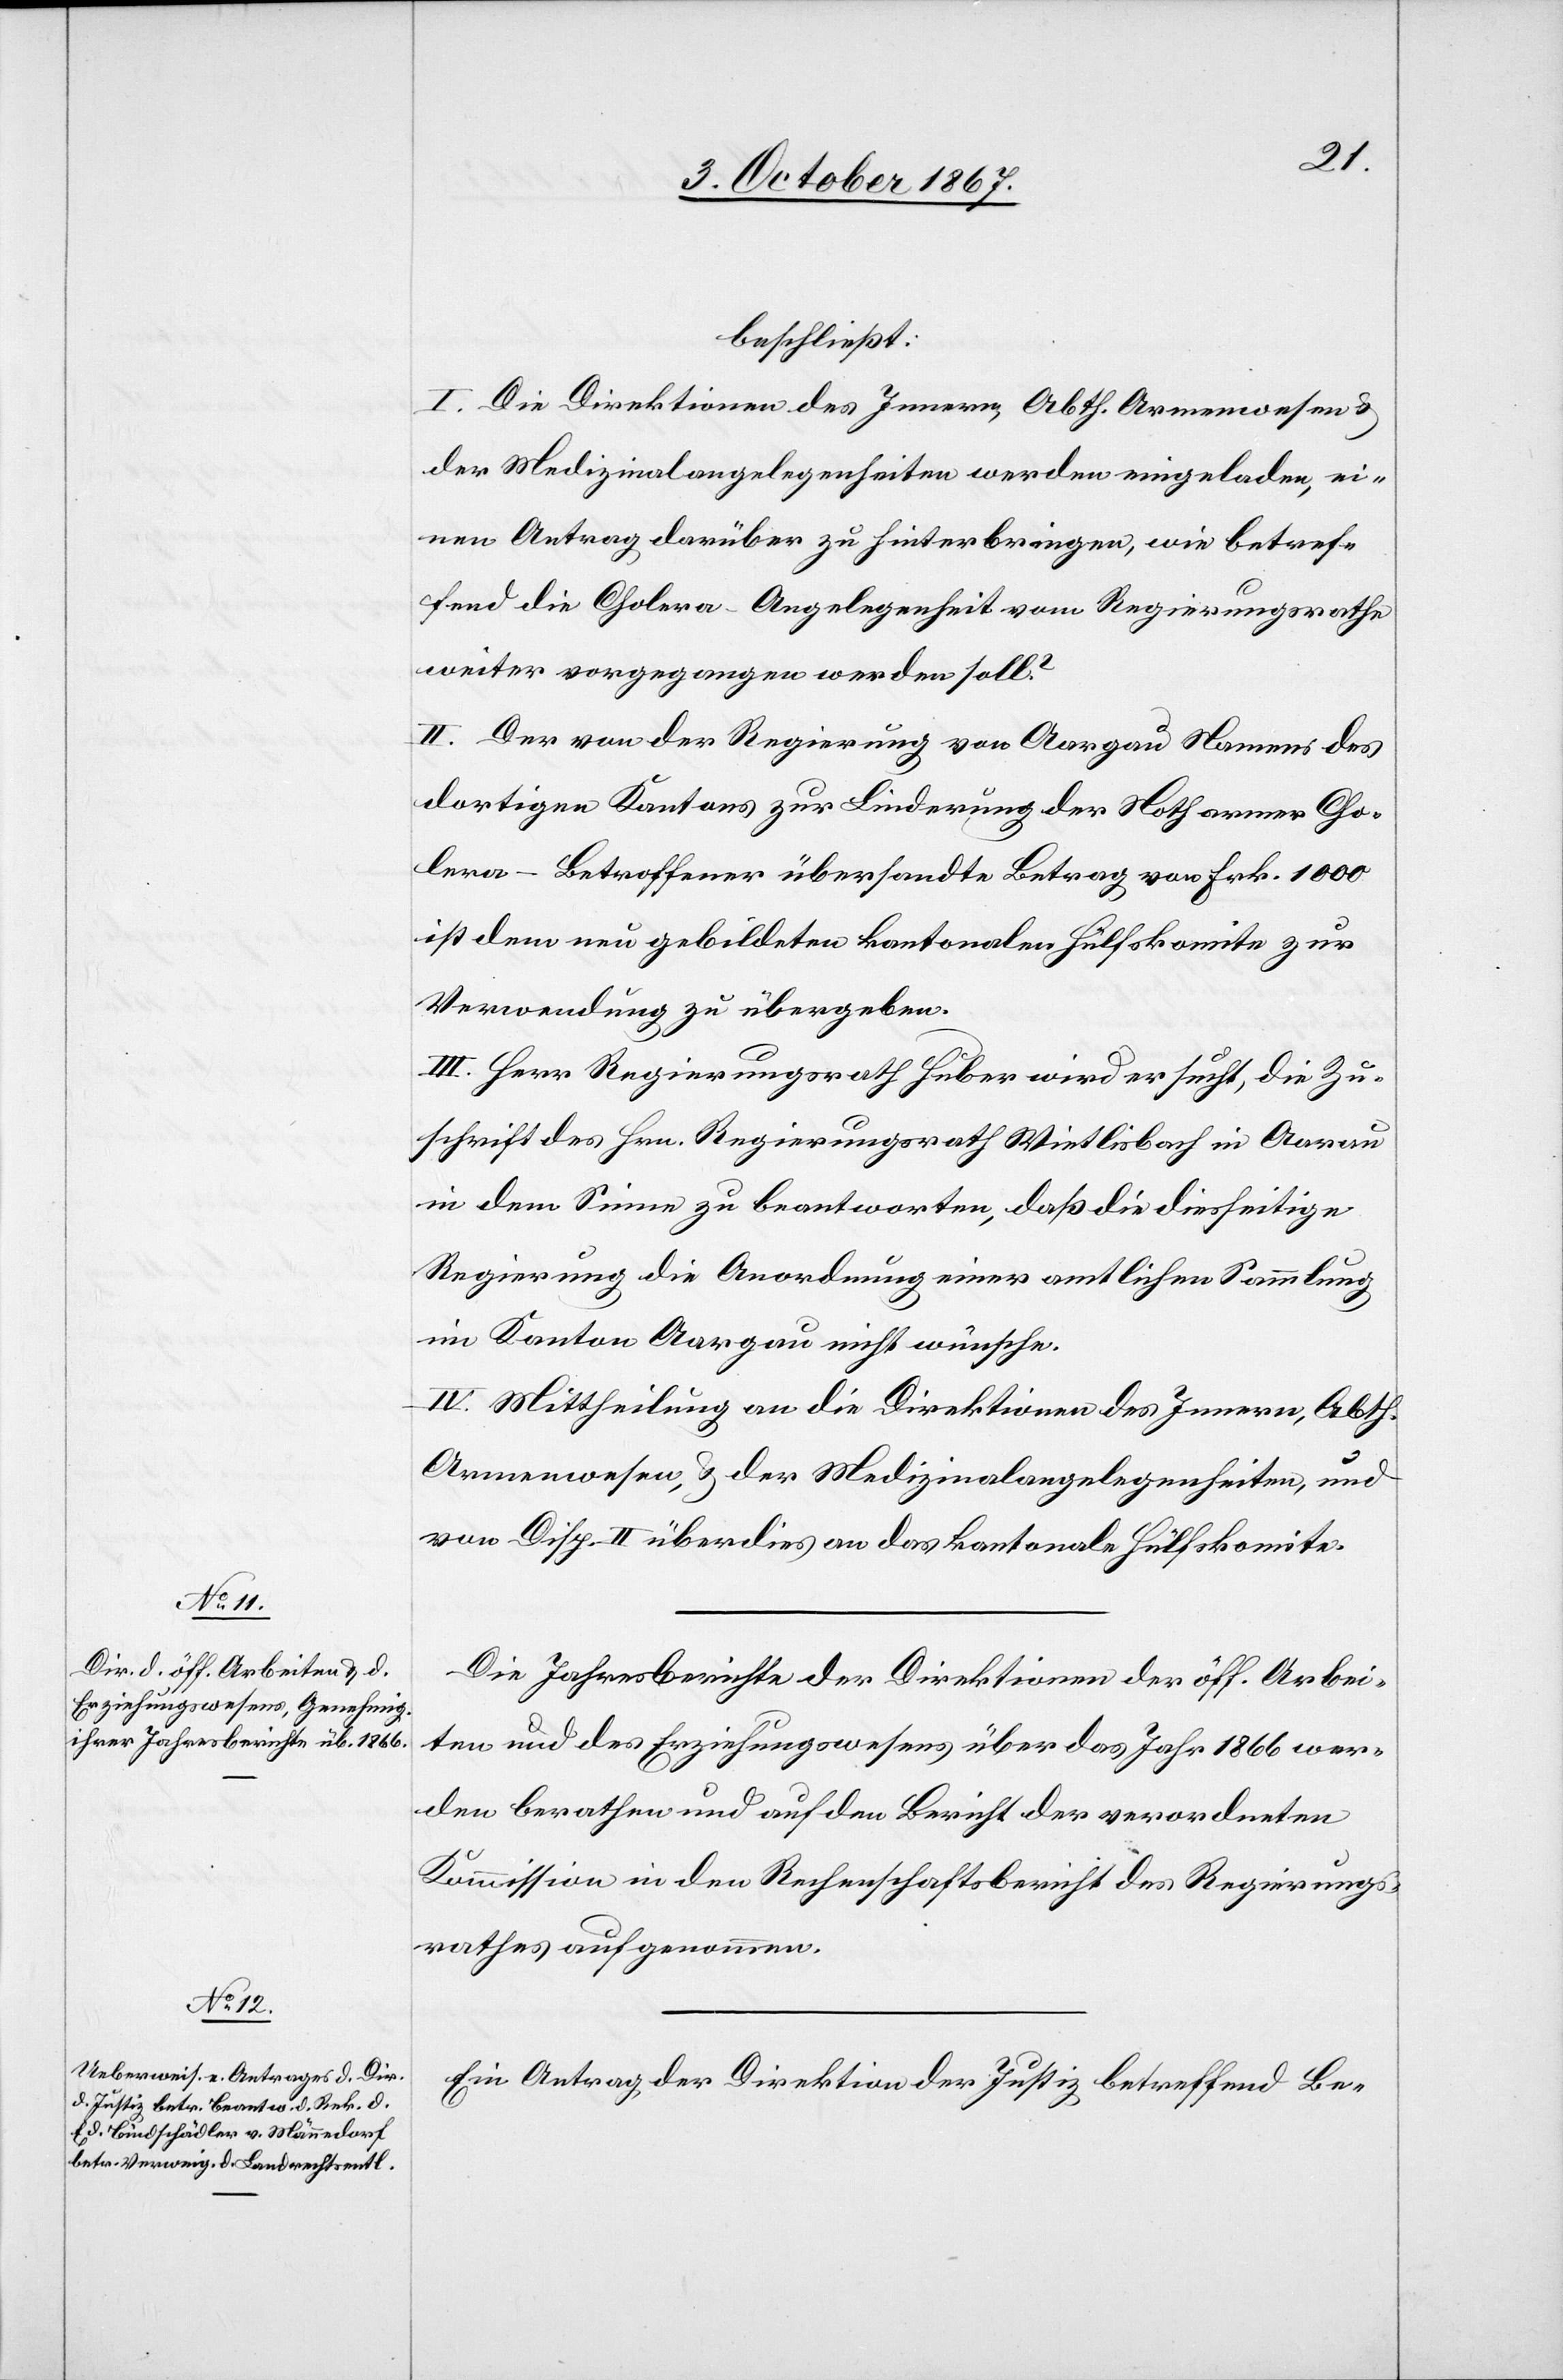
beschließt:
I. Die Direktionen des Innern, Abth. Armenwesen u.
der Medizinalangelegenheiten werden eingeladen, ei¬
nen Antrag darüber zu hinterbringen, wie betref¬
fend die Cholera-Angelegenheit von Regierungsrathe
weiter vorgegangen werden soll?
II. Der von der Regierung von Aargau Namens des
dortigen Kantons zur Linderung der Noth armer Cho¬
lera-Betroffener übersandte Betrag von Frk. 1000
ist dem neu gebildeten kantonalen Hülfskomite zur
Verwendung zu übergeben.
III. Herr Regierungsrath Huber wird ersucht, die Zu¬
schrift des Hrn. Regierungsrath Wietlisbach in Aarau
in dem Sinne zu beantworten, daß die diesseitige
Regierung die Anordnung einer amtlichen Sammlung
im Kanton Aargau nicht wünsche.
IV. Mittheilung an die Direktionen des Innern, Abth.
Armenwesen, u. der Medizinalangelegenheiten, und
von Disp. II überdies an das kantonale Hülfskomite.
Die Jahresberichte der Direktionen der öff. Arbei¬
ten und des Erziehungswesens über das Jahr 1866 wer¬
den berathen und auf den Bericht der verordneten
Kommission in den Rechenschaftsbericht des Regierungs¬
rathes aufgenommen.
Ein Antrag der Direktion der Justiz betreffend Be-